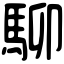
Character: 駠